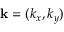
{ \bf k } = ( k _ { x } , k _ { y } )